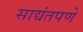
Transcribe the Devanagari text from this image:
साद्यंतपणे